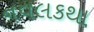
નવલકથા